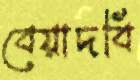
বেয়াদবি